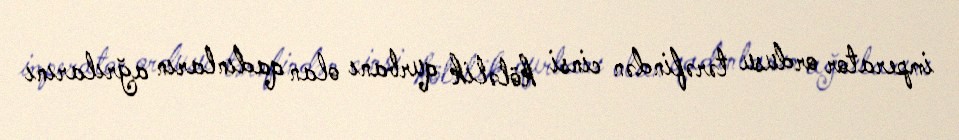
imperator ordusu tərəfindən cinsi köləlik qurbanı olan qadınların ağrılarını